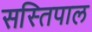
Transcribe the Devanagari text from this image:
सस्तिपाल